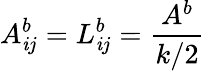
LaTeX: A_{\mathit{i}j}^{b}=L_{\mathit{i}j}^{b}=\frac{{A^{b}}}{{k/2}}